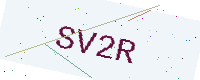
Text: SV2R